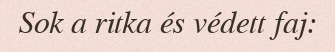
Sok a ritka és védett faj: